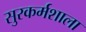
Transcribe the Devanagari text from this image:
सुरकर्मशाला